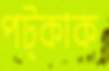
পট্‌কাক